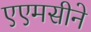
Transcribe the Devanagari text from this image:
एएमसीने